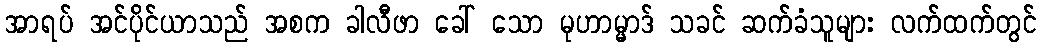
အာရပ် အင်ပိုင်ယာသည် အစက ခါလီဖာ ခေါ် သော မုဟာမ္မာဒ် သခင် ဆက်ခံသူများ လက်ထက်တွင်